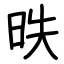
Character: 昳